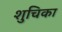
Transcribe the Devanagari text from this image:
शुचिका